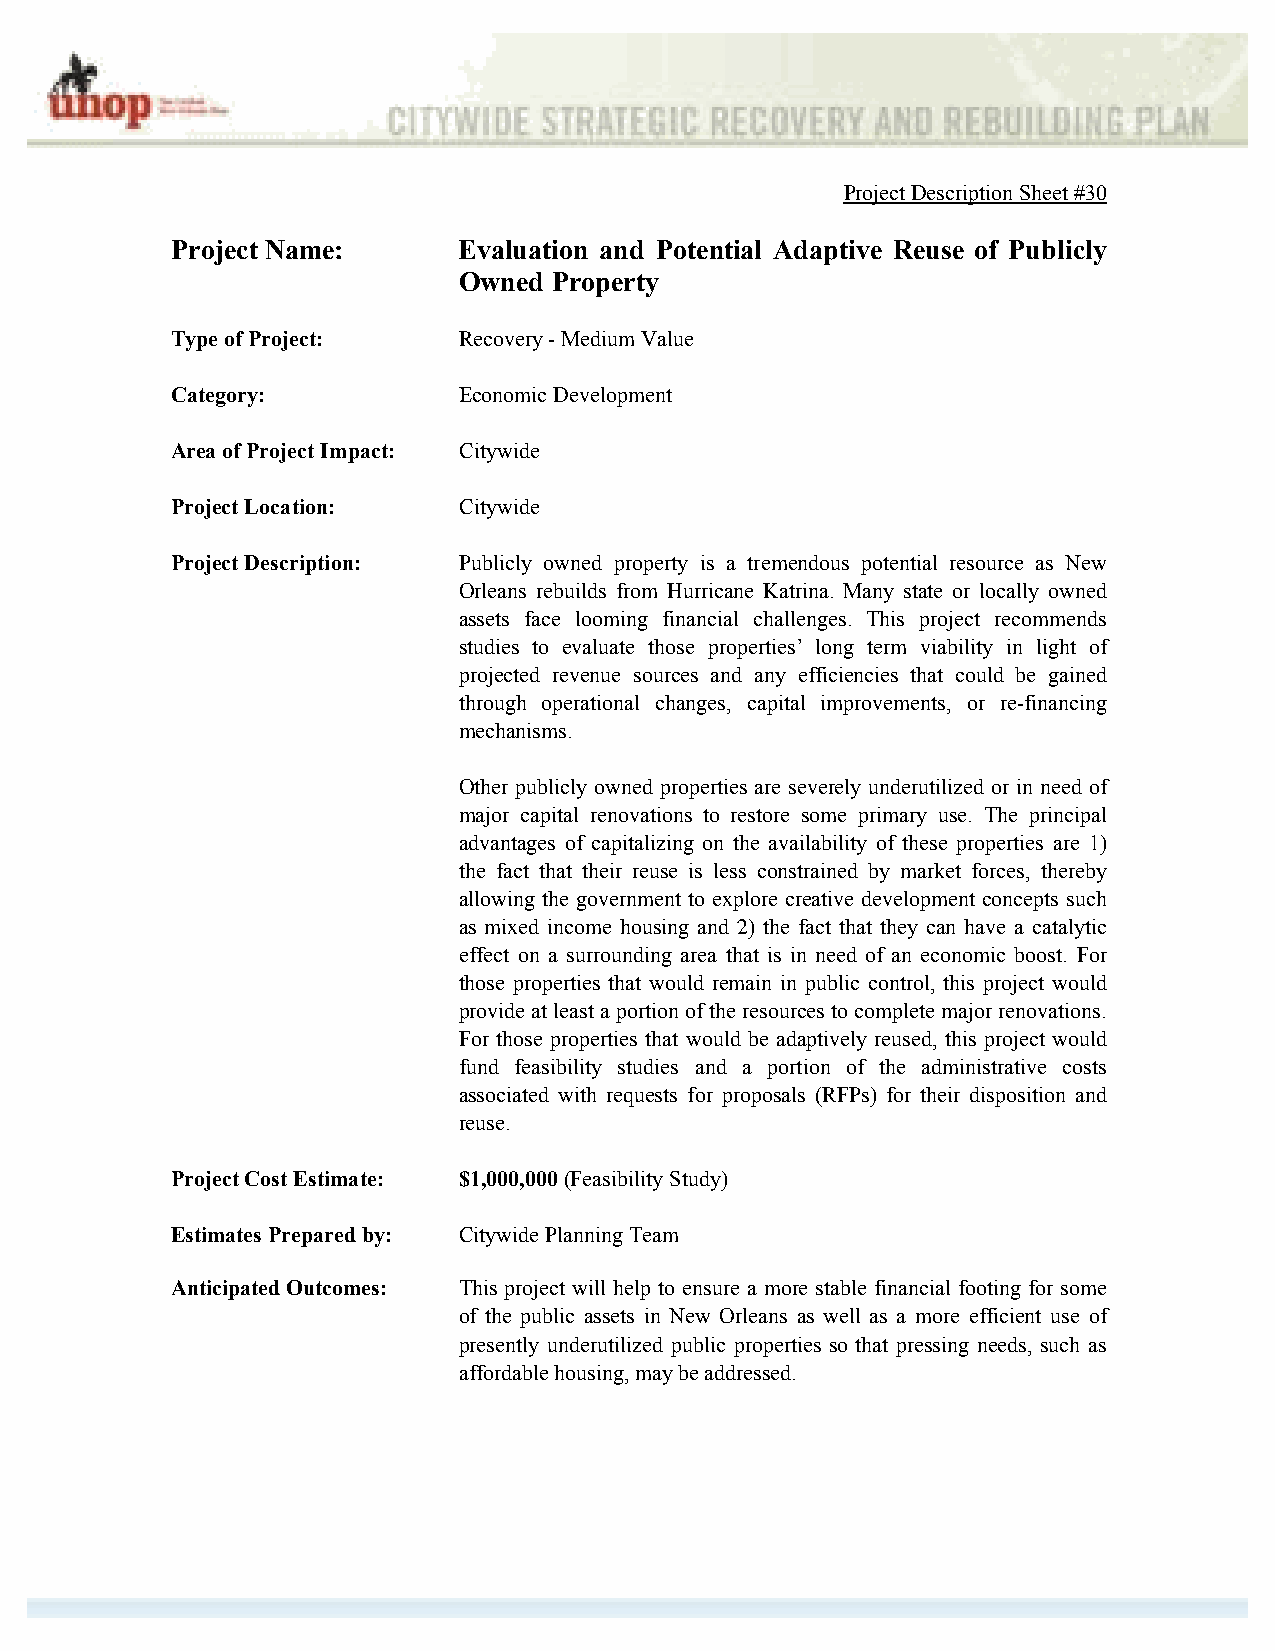
Project Description Sheet #30
 Project Name:      Evaluation and Potential Adaptive Reuse of Publicly
 Owned  Property
 Type of Project:   Recovery - Medium Value
 Category:          Economic Development
 Area of Project Impact: Citywide
 Project Location:  Citywide
 Project Description: Publicly owned property is a tremendous potential resource as New
 Orleans rebuilds from Hurricane Katrina. Many state or locally owned
 assets face looming financial challenges. This project recommends
 studies to evaluate those properties’ long term viability in light of
 projected revenue sources and any efficiencies that could be gained
 through operational changes, capital improvements, or re-financing
 mechanisms.
 Other publicly owned properties are severely underutilized or in need of
 major capital renovations to restore some primary use. The principal
 advantages of capitalizing on the availability of these properties are 1)
 the fact that their reuse is less constrained by market forces, thereby
 allowing the government to explore creative development concepts such
 as mixed income housing and 2) the fact that they can have a catalytic
 effect on a surrounding area that is in need of an economic boost. For
 those properties that would remain in public control, this project would
 provide at least a portion of the resources to complete major renovations.
 For those properties that would be adaptively reused, this project would
 fund feasibility studies and a portion of the administrative costs
 associated with requests for proposals (RFPs) for their disposition and
 reuse.
 Project Cost Estimate: $1,000,000 (Feasibility Study)
 Estimates Prepared by: Citywide Planning Team
 Anticipated Outcomes: This project will help to ensure a more stable financial footing for some
 of the public assets in New Orleans as well as a more efficient use of
 presently underutilized public properties so that pressing needs, such as
 affordable housing, may be addressed.